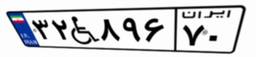
۳۲W۸۹۶۷۰